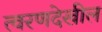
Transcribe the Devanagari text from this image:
त्वरणदेखील